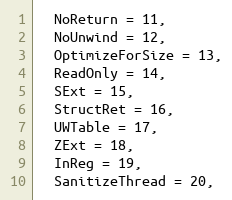
Language: C
  NoReturn = 11,
  NoUnwind = 12,
  OptimizeForSize = 13,
  ReadOnly = 14,
  SExt = 15,
  StructRet = 16,
  UWTable = 17,
  ZExt = 18,
  InReg = 19,
  SanitizeThread = 20,